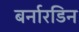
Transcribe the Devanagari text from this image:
बर्नारडिन